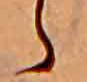
ら